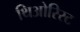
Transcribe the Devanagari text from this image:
थिओरिस्ट